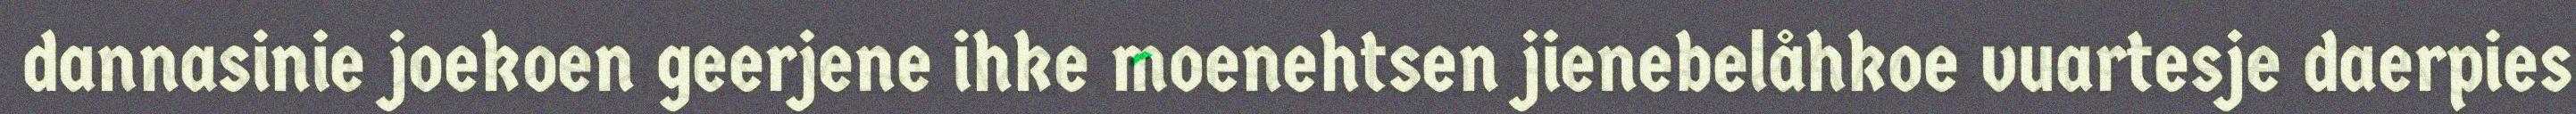
dannasinie joekoen geerjene ihke moenehtsen jienebelåhkoe vuartesje daerpies